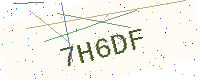
Text: 7H6DF